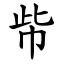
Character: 㠿